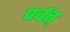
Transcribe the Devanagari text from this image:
पर्वत्